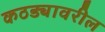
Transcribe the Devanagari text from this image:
कठड्यावरील